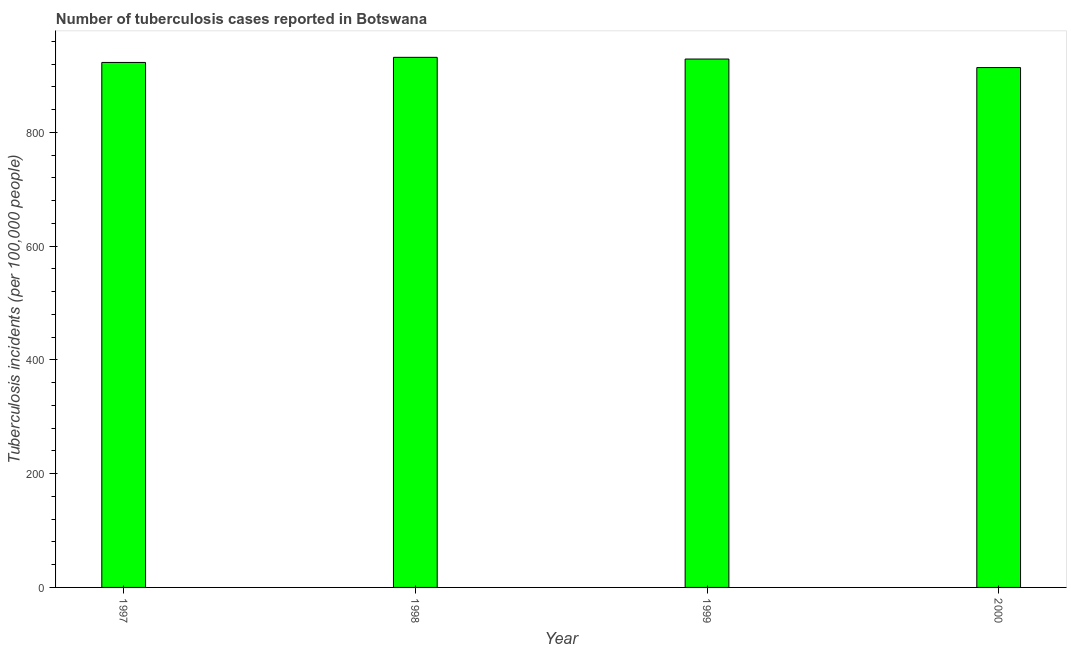
| Year | Incidence of tuberculosis |
 | --- | --- |
 | 1997 | 923 |
 | 1998 | 932 |
 | 1999 | 929 |
 | 2000 | 914 |